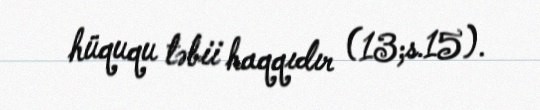
hüququ təbii haqqıdır (13;s.15).